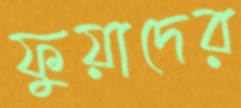
ফুয়াদের